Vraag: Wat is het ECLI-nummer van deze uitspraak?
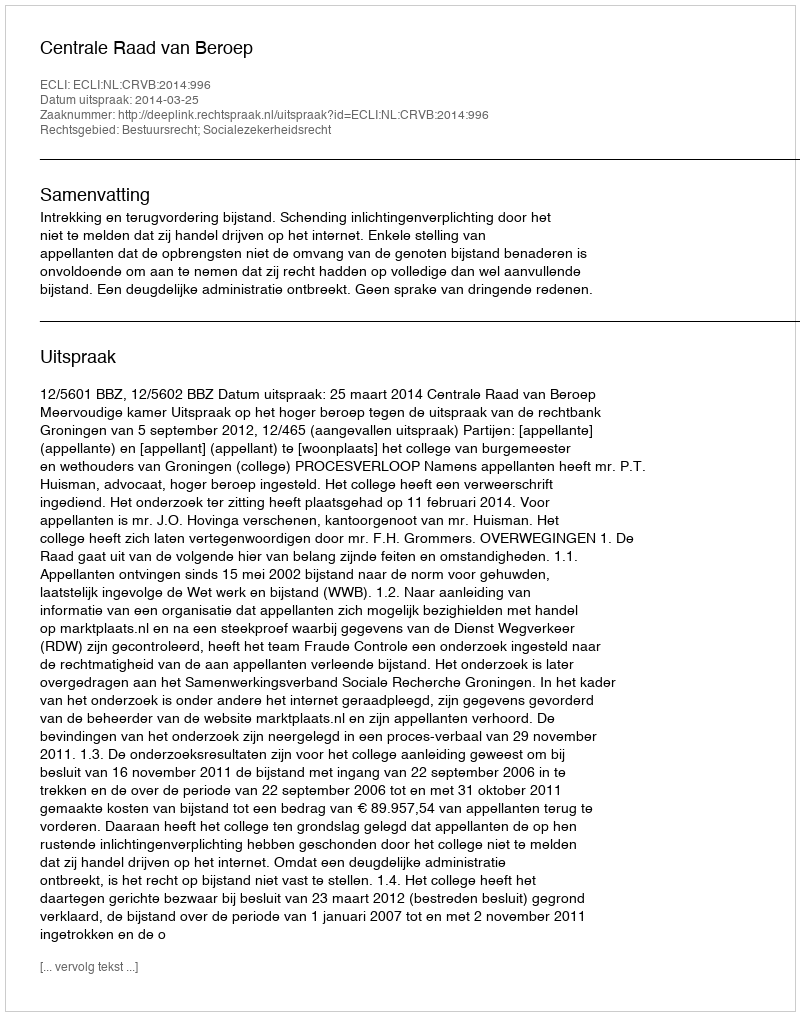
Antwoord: ECLI:NL:CRVB:2014:996